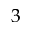
3